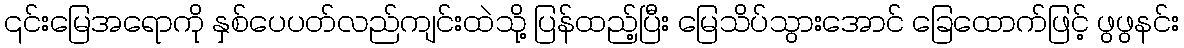
၎င်းမြေအရောကို နှစ်ပေပတ်လည်ကျင်းထဲသို့ ပြန်ထည့်ပြီး မြေသိပ်သွားအောင် ခြေထောက်ဖြင့် ဖွဖွနင်း